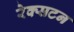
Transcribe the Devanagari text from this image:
रेक्सटन